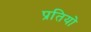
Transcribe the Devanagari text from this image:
प्रतियो